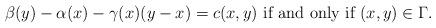
LaTeX: \begin{align*}\beta(y)-\alpha(x) -\gamma(x)(y-x)= c(x,y)\,\, \hbox{if and only if $(x, y)\in \Gamma$.} \end{align*}